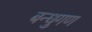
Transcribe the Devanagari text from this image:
बन्धुगण